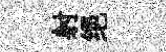
射绝